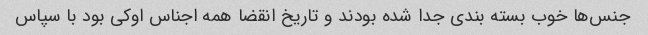
جنس‌ها خوب بسته بندی جدا شده بودند و تاریخ انقضا همه اجناس اوکی بود با سپاس